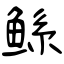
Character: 鲧